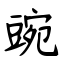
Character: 豌